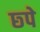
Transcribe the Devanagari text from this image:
छ्पे